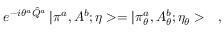
e ^ { - i \theta ^ { a } \hat { Q } ^ { a } } \, | \pi ^ { a } , A ^ { b } ; \eta > = | \pi _ { \theta } ^ { a } , A _ { \theta } ^ { b } ; \eta _ { \theta } > \ \ \ ,